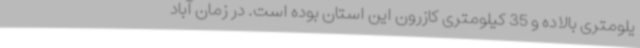
یلومتری بالاده و 35 کیلومتری کازرون این استان بوده است. در زمان آباد